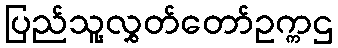
ပြည်သူ့လွှတ်တော်ဥက္ကဌ